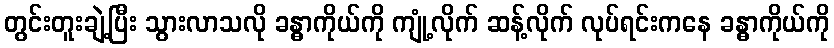
တွင်းတူးချဲ့ပြီး သွားလာသလို ခန္ဓာကိုယ်ကို ကျုံ့လိုက် ဆန့်လိုက် လုပ်ရင်းကနေ ခန္ဓာကိုယ်ကို